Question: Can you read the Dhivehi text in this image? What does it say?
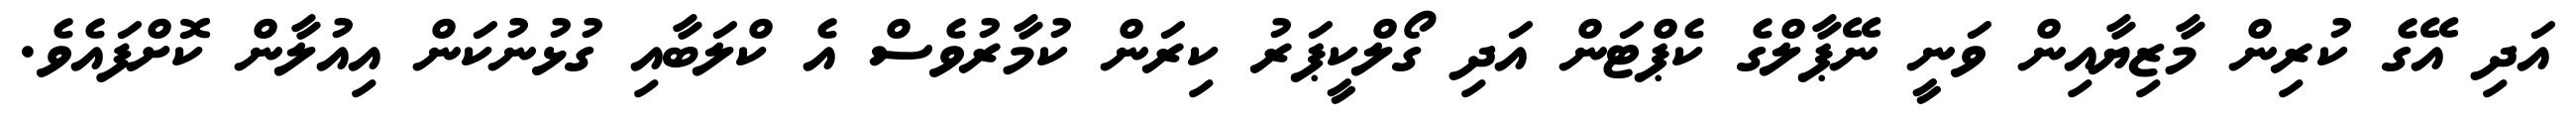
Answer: އަދި އޭގެ ކުރިން މާޒިޔާއިން ވަނީ ނޭޕާލްގެ ކެޕްޓަން އަދި ގޯލްކީޕަރު ކިރަން ކުމާރުވެސް އެ ކްލަބާއި ގުޅުނުކަން އިއުލާން ކޮށްފައެވެ.